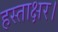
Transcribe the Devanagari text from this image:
हस्ताक्षर।